Plague in India, 1896, 1897 - Volume 3
Year: 1896
Disease focus: Plague
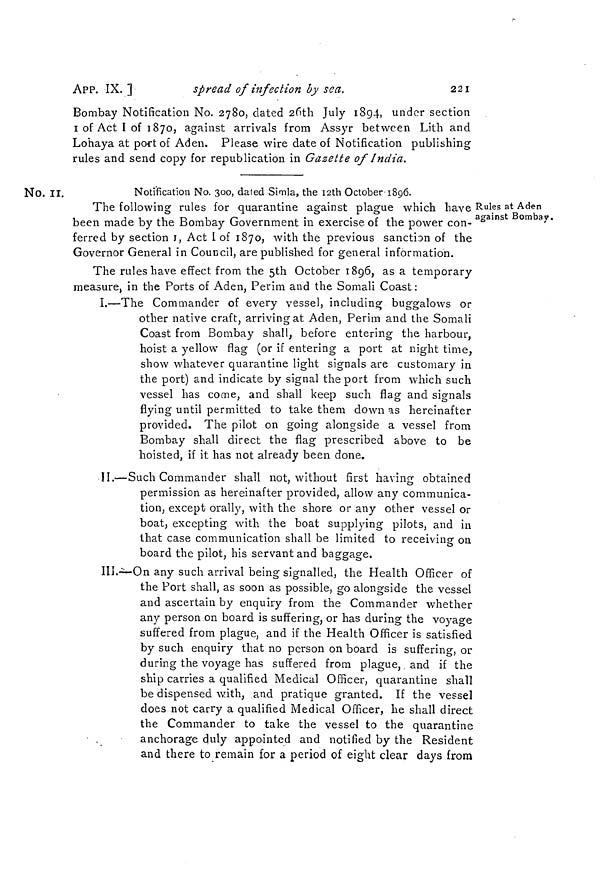
221
APP. IX. ]
spread of infection by sea.
Bombay Notification No. 2780, dated 26th July 1894, under 0section
1 of Act I of 1870, against arrivals from Assyr between Lith and
Lohaya at port of Aden. Please wire date of Notification publishing
rules and send copy for republication in Gazette of India.
No. 11.
Notification No. 300, dated Simla, the I2th October 1896.
Rules at Aden
against Bombay.
The following rules for quarantine against plague which have
been made by the Bombay Government in exercise of the power con-
ferred by section 1, Act I of 1870, with the previous sanction of the
Governor General in Council, are published for general information.
The rules have effect from the 5th October 1896, as a temporary
measure, in the Ports of Aden, Perim and the Somali Coast :
I.—The Commander of every vessel, including buggalows or
other native craft, arriving at Aden, Perim and the Somali
Coast from Bombay shall, before entering the harbour,
hoist a yellow flag (or if entering a port at night time,
show whatever quarantine light signals are customary in
the port) and indicate by signal the port from which such
vessel has come, and shall keep such flag and signals
flying until permitted to take them down as hereinafter
provided. The pilot on going alongside a vessel from
Bombay shall direct the flag prescribed above to be
hoisted, if it has not already been done.
II.—Such Commander shall not, without first having obtained
permission as hereinafter provided, allow any communica-
tion, except orally, with the shore or any other vessel or
boat, excepting with the boat supplying pilots, and in
that case communication shall be limited to receiving on
O
board the pilot, his servant and baggage.
III.—On any such arrival being signalled, the Health Officer of
the Port shall, as soon as possible, go alongside the vessel
and ascertain by enquiry from the Commander whether
any person on board is suffering, or has during the voyage
suffered from plague, and if the Health Officer is satisfied
by such enquiry that no person on board is suffering, or
during the voyage has suffered from plague, and if the
ship carries a qualified Medical Officer, quarantine shall
be dispensed with, and pratique granted. If the vessel
does not carry a qualified Medical Officer, he shall direct
the Commander to take the vessel to the quarantine
anchorage duly appointed and notified by the Resident
and there to remain for a period of eight clear days from